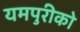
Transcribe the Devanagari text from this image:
यमपुरीको